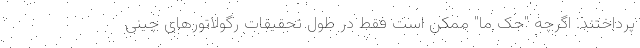
پرداختند. اگرچه "جک ما" ممکن است فقط در طول تحقیقات رگولاتورهای چینی